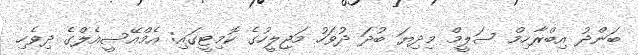
ބަންދު އިބްރާހިމް ސަލީމް މިދިޔަ ބުދަ ދުވަހު މަޖިލީހުގެ ކޮމިޓީގައި: އެމްއޭސީއެލްގެ ދިވެހި